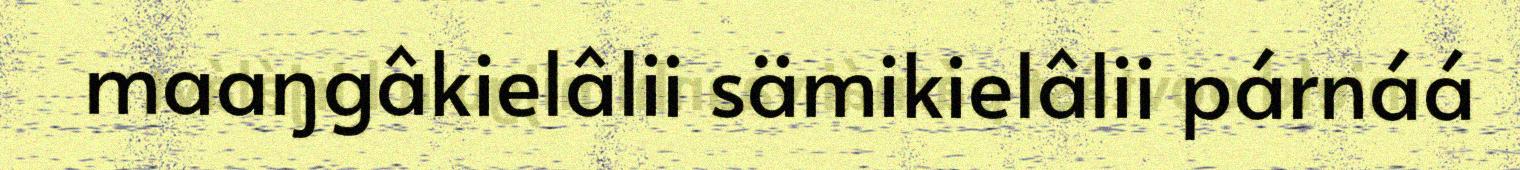
maaŋgâkielâlii sämikielâlii párnáá